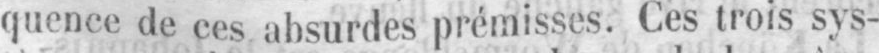
quence de ces absurdes prémisses. Ces trois sys-